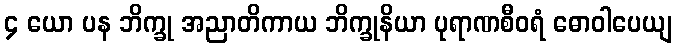
၄ ယော ပန ဘိက္ခု အညာတိကာယ ဘိက္ခုနိယာ ပုရာဏစီဝရံ ဓောဝါပေယျ